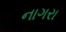
નાગરા